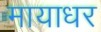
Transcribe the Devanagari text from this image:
मायाधर